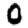
Digit: 0